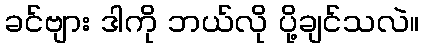
ခင်ဗျား ဒါကို ဘယ်လို ပို့ချင်သလဲ။